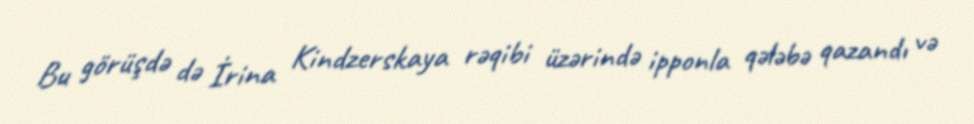
Bu görüşdə də İrina Kindzerskaya rəqibi üzərində ipponla qələbə qazandı və